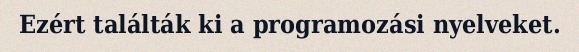
Ezért találták ki a programozási nyelveket.